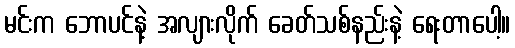
မင်းက ဘောပင်နဲ့ အလျားလိုက် ခေတ်သစ်နည်းနဲ့ ရေးတာပေါ့။